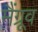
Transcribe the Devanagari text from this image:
मैंग्रूव